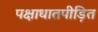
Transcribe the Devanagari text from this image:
पक्षाधातपीड़ित